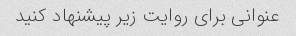
عنوانی برای روایت زیر پیشنهاد کنید